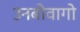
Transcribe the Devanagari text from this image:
उनबीवागो